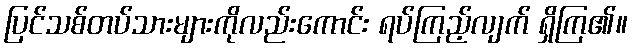
ပြင်သစ်တပ်သားများကိုလည်းကောင်း ရပ်ကြည့်လျက် ရှိကြ၏။